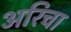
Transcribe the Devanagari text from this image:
अरिचा